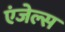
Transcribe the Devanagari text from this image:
एंजेल्‍स